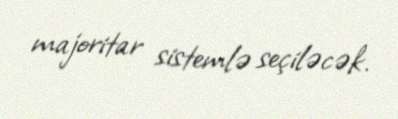
majoritar sistemlə seçiləcək.